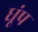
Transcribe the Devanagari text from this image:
धूंप